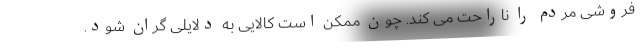
فروشی مردم را ناراحت می کند. چون ممکن است کالایی به دلایلی گران شود.